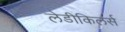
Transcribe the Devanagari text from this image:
लेडीकिलर्स